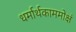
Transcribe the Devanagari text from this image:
धर्मार्थकाममोक्षं